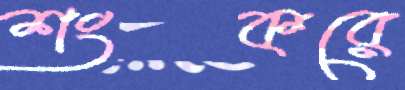
শংকরে